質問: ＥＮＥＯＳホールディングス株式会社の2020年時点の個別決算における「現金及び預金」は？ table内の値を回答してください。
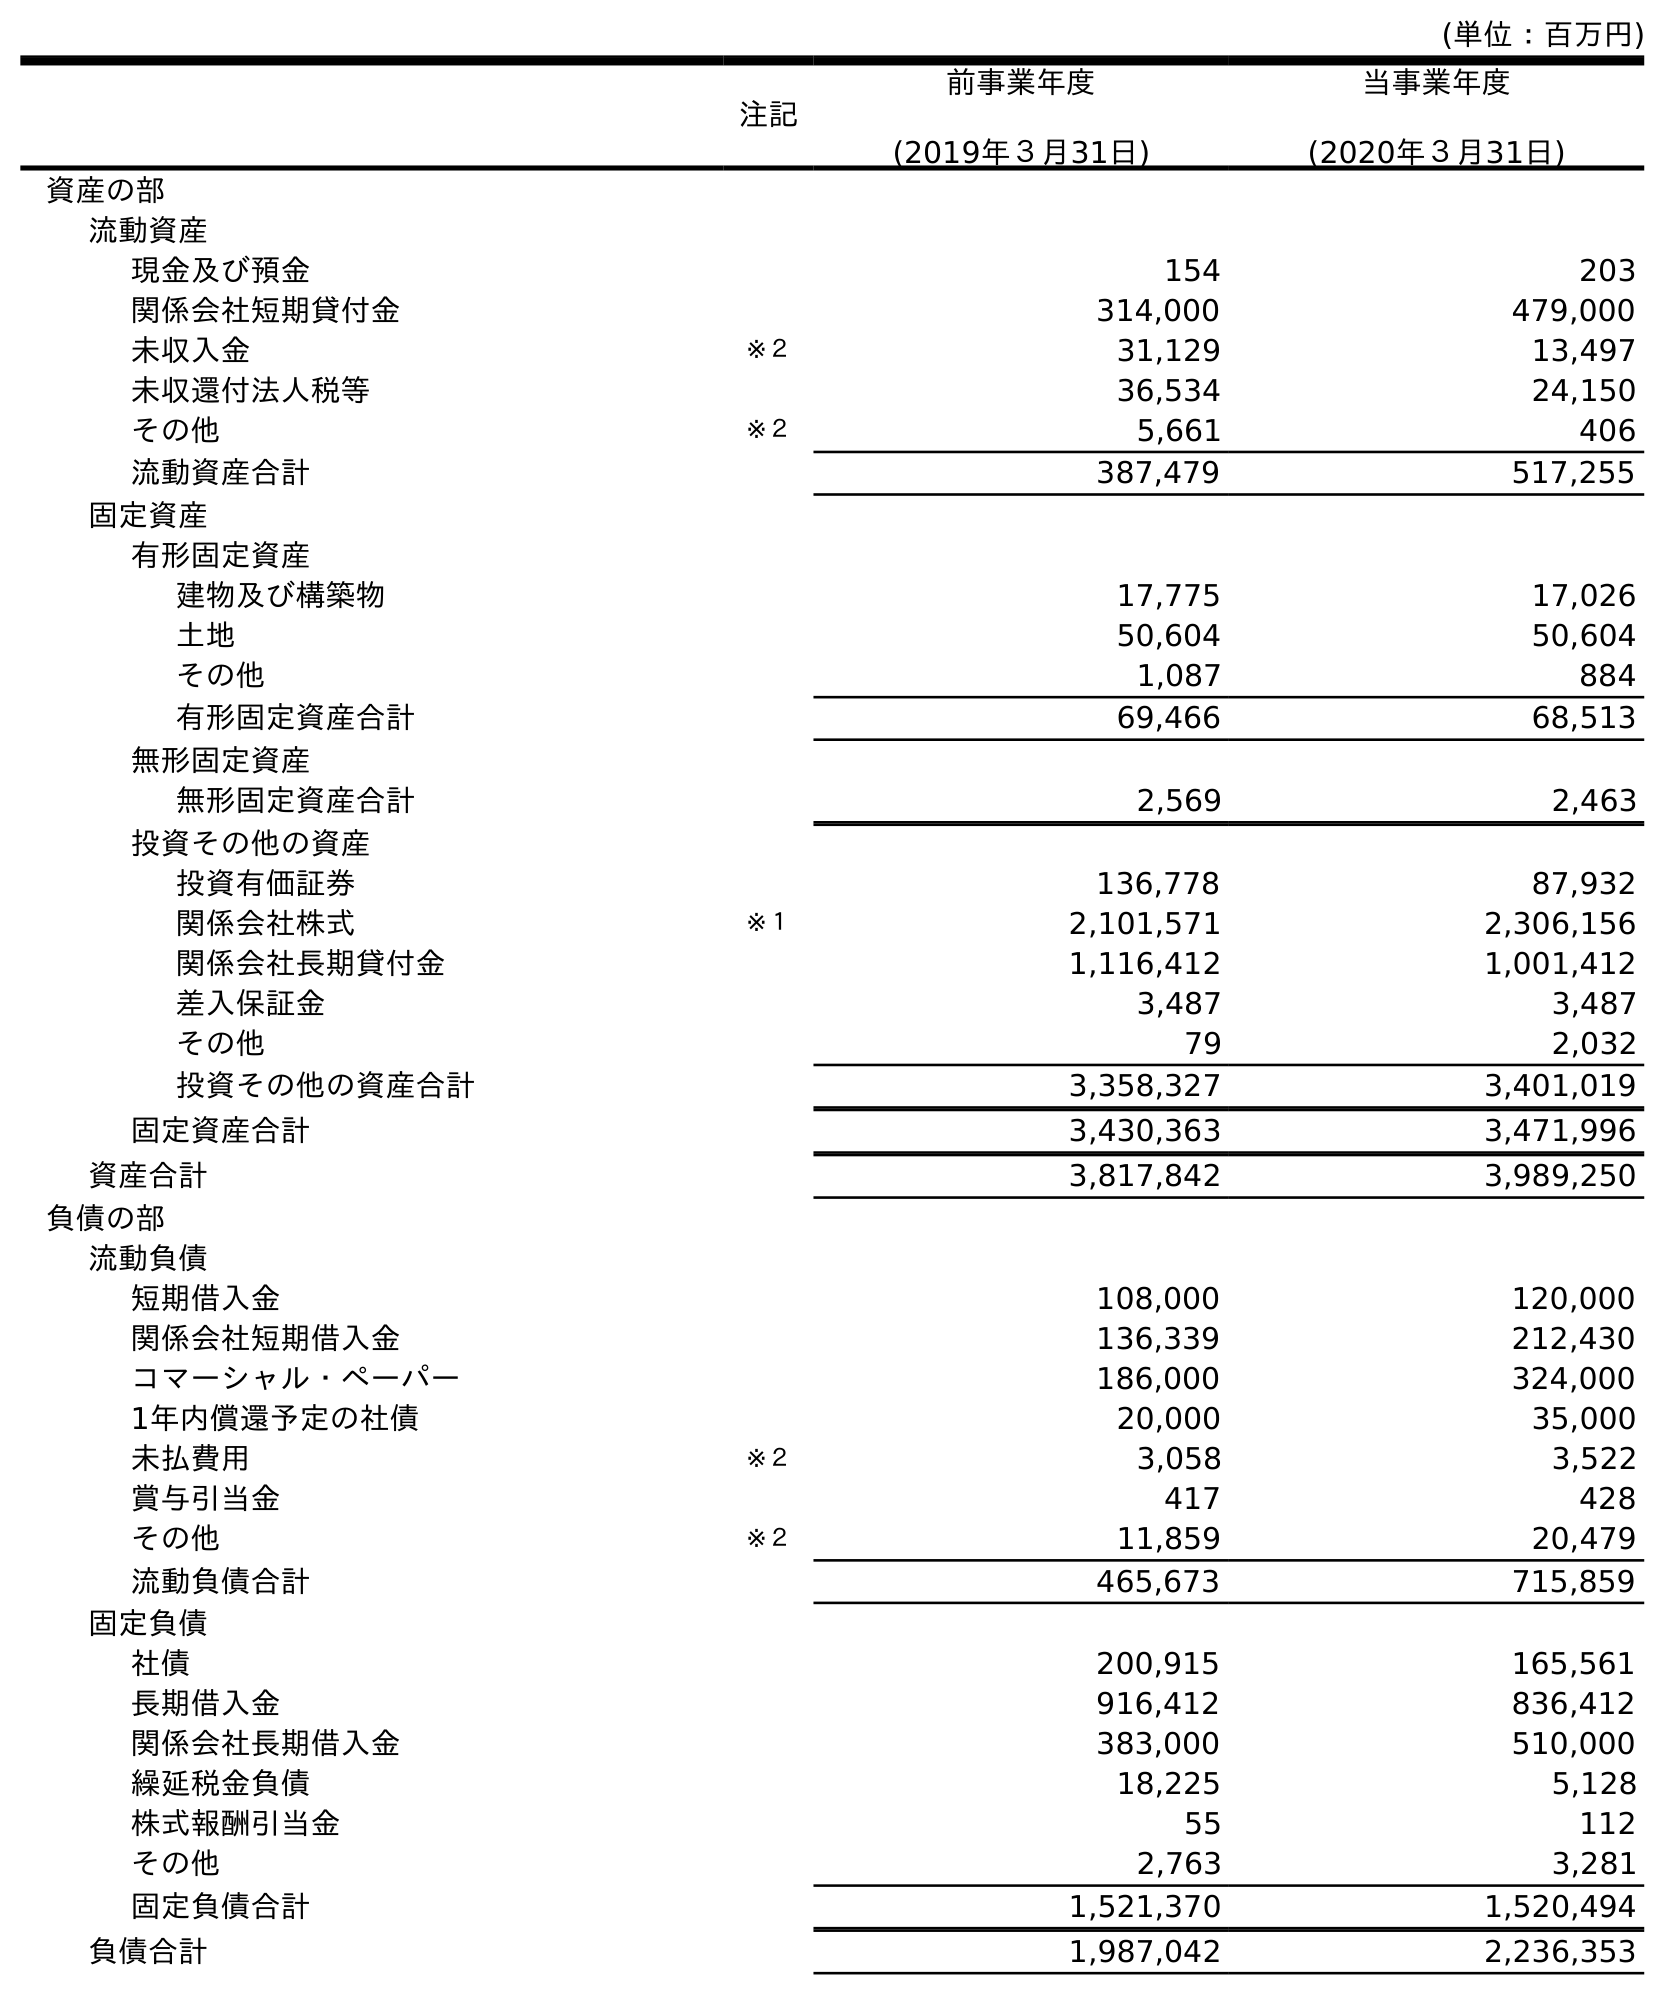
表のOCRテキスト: (単位：百万円) 注記 前事業年度 (2019年３月31日) 当事業年度 (2020年３月31日) 資産の部 流動資産 現金及び預金 154 203 関係会社短期貸付金 314,000 479,000 未収入金 ※２ 31,129 13,497 未収還付法人税等 36,534 24,150 その他 ※２ 5,661 406 流動資産合計 387,479 517,255 固定資産 有形固定資産 建物及び構築物 17,775 17,026 土地 50,604 50,604 その他 1,087 884 有形固定資産合計 69,466 68,513 無形固定資産 無形固定資産合計 2,569 2,463 投資その他の資産 投資有価証券 136,778 87,932 関係会社株式 ※１ 2,101,571 2,306,156 関係会社長期貸付金 1,116,412 1,001,412 差入保証金 3,487 3,487 その他 79 2,032 投資その他の資産合計 3,358,327 3,401,019 固定資産合計 3,430,363 3,471,996 資産合計 3,817,842 3,989,250 負債の部 流動負債 短期借入金 108,000 120,000 関係会社短期借入金 136,339 212,430 コマーシャル・ペーパー 186,000 324,000 1年内償還予定の社債 20,000 35,000 未払費用 ※２ 3,058 3,522 賞与引当金 417 428 その他 ※２ 11,859 20,479 流動負債合計 465,673 715,859 固定負債 社債 200,915 165,561 長期借入金 916,412 836,412 関係会社長期借入金 383,000 510,000 繰延税金負債 18,225 5,128 株式報酬引当金 55 112 その他 2,763 3,281 固定負債合計 1,521,370 1,520,494 負債合計 1,987,042 2,236,353
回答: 203